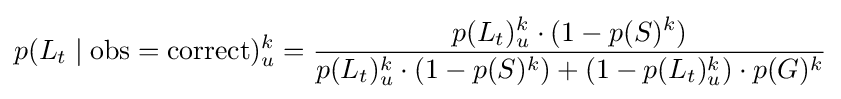
p(L_{t}\mid {\text{obs}}={\text{correct}})_{u}^{k}={\frac {p(L_{t})_{u}^{k}\cdot (1-p(S)^{k})}{p(L_{t})_{u}^{k}\cdot (1-p(S)^{k})+(1-p(L_{t})_{u}^{k})\cdot p(G)^{k}}}